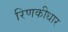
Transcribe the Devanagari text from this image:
रिणकीधार